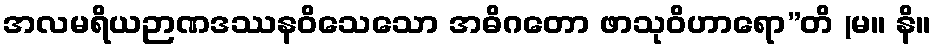
အလမရိယဉာဏဒဿနဝိသေသော အဓိဂတော ဖာသုဝိဟာရော”တိ (မ။ နိ။